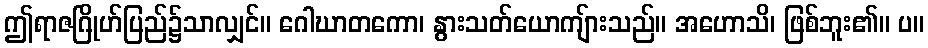
ဤရာဇဂြိုဟ်ပြည်၌သာလျှင်။ ဂေါဃာတကော၊ နွားသတ်ယောကျ်ားသည်။ အဟောသိ၊ ဖြစ်ဘူး၏။ ပ။